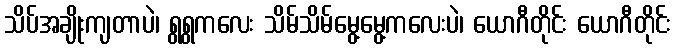
သိပ်အချိုးကျတာပဲ၊ ရွရွကလေး သိမ်သိမ်မွေ့မွေ့ကလေးပဲ၊ ယောဂီတိုင်း ယောဂီတိုင်း